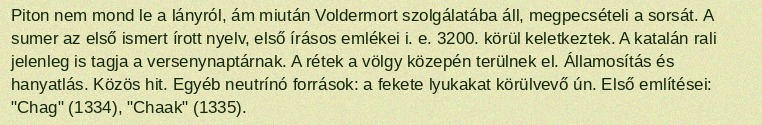
Piton nem mond le a lányról, ám miután Voldermort szolgálatába áll, megpecsételi a sorsát. A sumer az első ismert írott nyelv, első írásos emlékei i. e. 3200. körül keletkeztek. A katalán rali jelenleg is tagja a versenynaptárnak. A rétek a völgy közepén terülnek el. Államosítás és hanyatlás. Közös hit. Egyéb neutrínó források: a fekete lyukakat körülvevő ún. Első említései: "Chag" (1334), "Chaak" (1335).